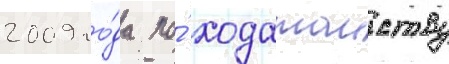
2009 го́да по́ ходатаиству